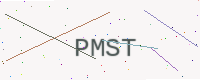
Text: PMST